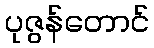
ပုဇွန်တောင်